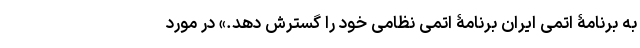
به برنامۀ اتمی ایران برنامۀ اتمی نظامی خود را گسترش دهد.» در مورد